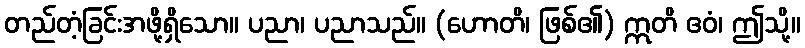
တည်တံ့ခြင်းအဖို့ရှိသော။ ပညာ၊ ပညာသည်။ (ဟောတိ၊ ဖြစ်၏) ဣတိ ဧဝံ၊ ဤသို့။